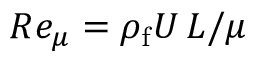
R e _ { \mu } = \rho _ { \mathrm { f } } U \, L / \mu